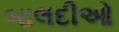
બાલદીઓ